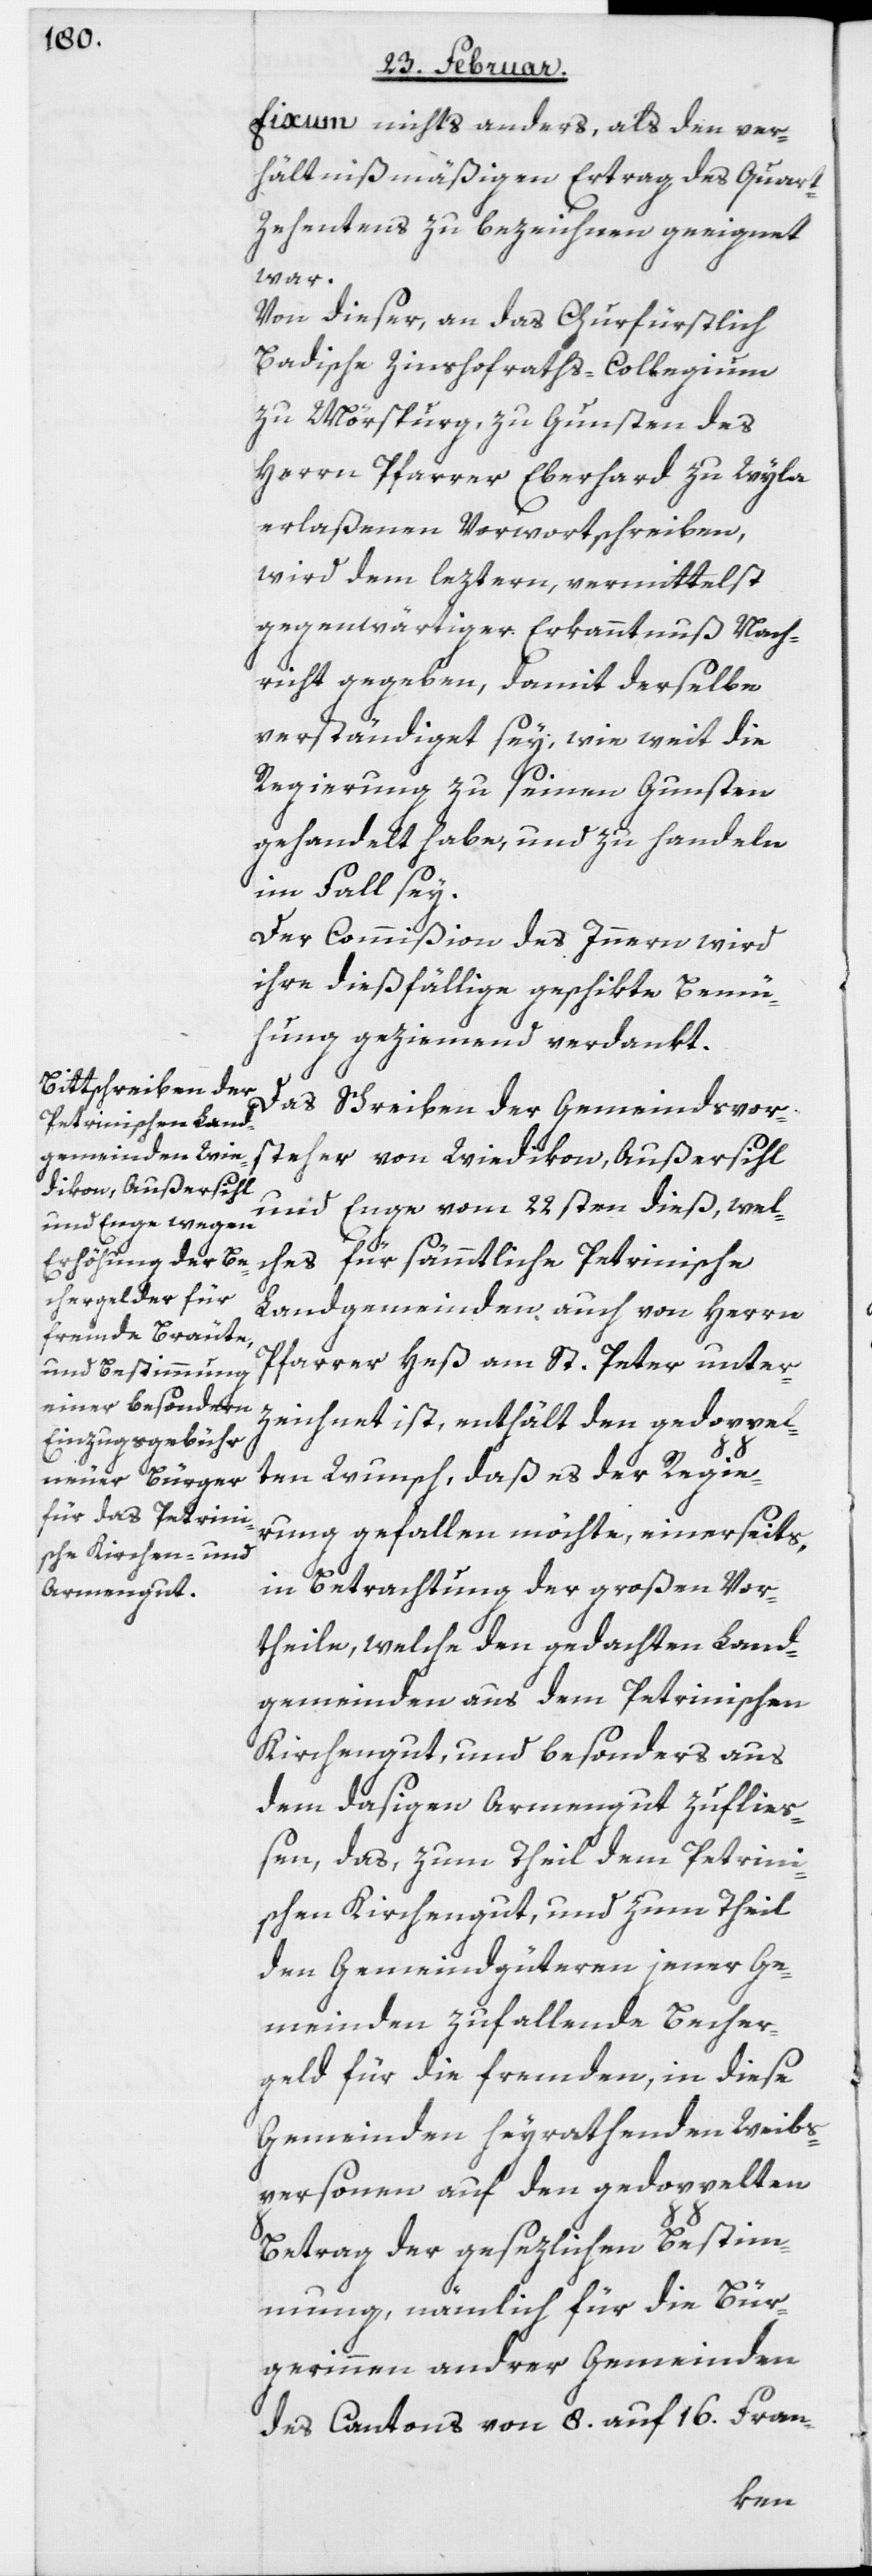
Fixum nichts anders, als den ver¬
hältnismäßigen Ertrag des Quar¬
t-Zehentens zu bezeichnen geeignet
war.
Von dieser, an das Churfürstlich
Badische Zinshofraths-Collegium
zu Mörspurg, zu Gunsten des
Herrn Pfarrer Eberhard zu Wyla
erlaßenen Vorwortschreiben,
wird dem leztern, vermittelst
gegenwärtiger Erkanntnuß Nach¬
richt gegeben, damit derselbe
verständiget sey, wie weit die
Regierung zu seinen Gunsten
gehandelt habe, und zu handeln
im Fall sey.
Der Commißion des Innern wird
ihre dießfällige geschikte Bemü¬
hung geziemend verdankt.
Das Schreiben der Gemeindsvor¬
steher von Wiedikon, Außersihl
und Enge vom 22sten dieß, welc¬
hes für sämmtliche Petrinische
Landgemeinden auch von Herrn
Pfarrer Heß am St. Peter unter¬
zeichnet ist, enthält den gedoppel¬
ten Wunsch, daß es der Regie¬
rung gefallen möchte, einerseits,
in Betrachtung der großen Vor¬
theile, welche den gedachten Land¬
gemeinden aus dem Petrinischen
Kirchengut, und besonders aus
dem dasigen Armengut zufließ¬
en, das, zum Theil dem Petrini¬
schen Kirchengut, und zum Theil
den Gemeindgüteren jener Ge¬
meinden zufallende Becher¬
geld für die fremden, in diese
Gemeinden heyrathenden Weibs¬
personen auf den gedoppelten
Betrag der gesezlichen Bestim¬
mung, nämlich für die Bür¬
gerinnen andrer Gemeinden
des Cantons von 8. auf 16. Fran-